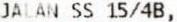
JALAN SS 15/4B,